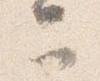
可